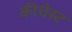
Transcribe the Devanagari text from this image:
कीचेस्ट